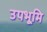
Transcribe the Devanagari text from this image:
उपभूमि